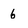
Character: 6